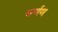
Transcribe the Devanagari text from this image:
चर्णण